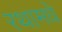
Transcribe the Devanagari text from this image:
रथामधे